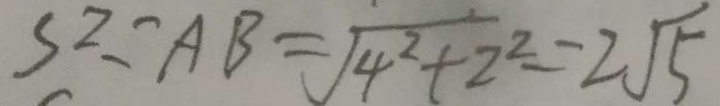
S ^ { 2 } = A B = \sqrt { 4 ^ { 2 } + 2 ^ { 2 } } = 2 \sqrt { 5 }